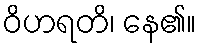
ဝိဟရတိ၊ နေ၏။